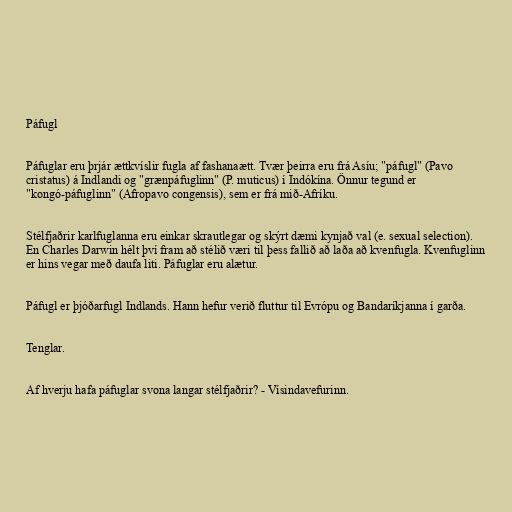
Páfugl

Páfuglar eru þrjár ættkvíslir fugla af fashanaætt. Tvær þeirra eru frá Asíu; "páfugl" (Pavo
cristatus) á Indlandi og "grænpáfuglinn" (P. muticus) í Indókína. Önnur tegund er
"kongó-páfuglinn" (Afropavo congensis), sem er frá mið-Afríku.

Stélfjaðrir karlfuglanna eru einkar skrautlegar og skýrt dæmi kynjað val (e. sexual selection).
En Charles Darwin hélt því fram að stélið væri til þess fallið að laða að kvenfugla. Kvenfuglinn
er hins vegar með daufa liti. Páfuglar eru alætur.

Páfugl er þjóðarfugl Indlands. Hann hefur verið fluttur til Evrópu og Bandaríkjanna í garða.

Tenglar.

Af hverju hafa páfuglar svona langar stélfjaðrir? - Vísindavefurinn.